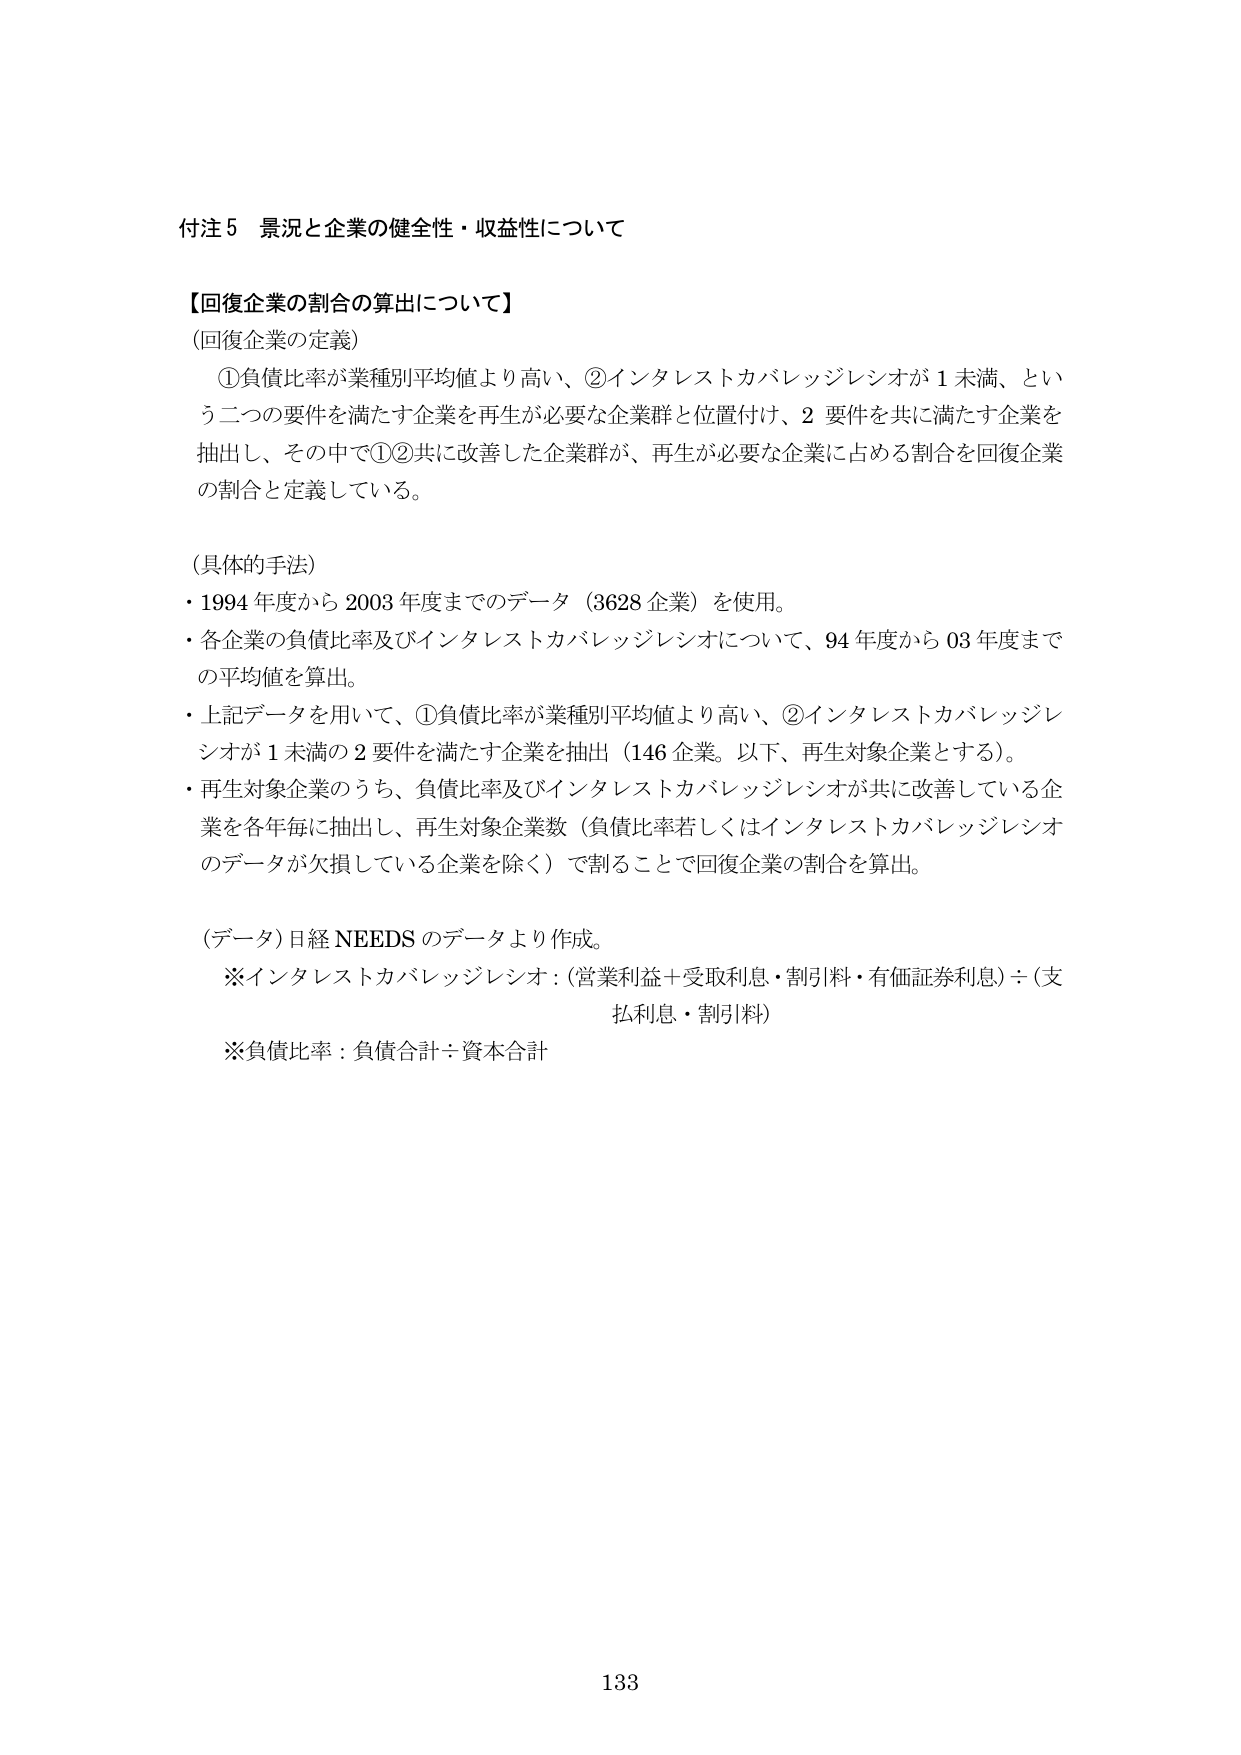
付注５ 景況と企業の健全性・収益性について

【回復企業の割合の算出について】

（回復企業の定義）
　①負債比率が業種別平均値より高い、②インタレストカバレッジレシオが１未満、という二つの要件を満たす企業を再生が必要な企業群と位置付け、２要件を共に満たす企業を抽出し、その中で①②共に改善した企業群が、再生が必要な企業に占める割合を回復企業の割合と定義している。

（具体的手法）
・1994年度から2003年度までのデータ（3628企業）を使用。
・各企業の負債比率及びインタレストカバレッジレシオについて、94年度から03年度までの平均値を算出。
・上記データを用いて、①負債比率が業種別平均値より高い、②インタレストカバレッジレシオが１未満の２要件を満たす企業を抽出（146企業。以下、再生対象企業とする）。
・再生対象企業のうち、負債比率及びインタレストカバレッジレシオが共に改善している企業を各年毎に抽出し、再生対象企業数（負債比率若しくはインタレストカバレッジレシオのデータが欠損している企業を除く）で割ることで回復企業の割合を算出。

（データ）日経NEEDSのデータより作成。
　※インタレストカバレッジレシオ：（営業利益＋受取利息・割引料・有価証券利息）÷（支払利息・割引料）
　※負債比率：負債合計÷資本合計

133